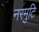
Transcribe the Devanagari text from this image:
नरमुटि